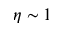
\eta \sim 1